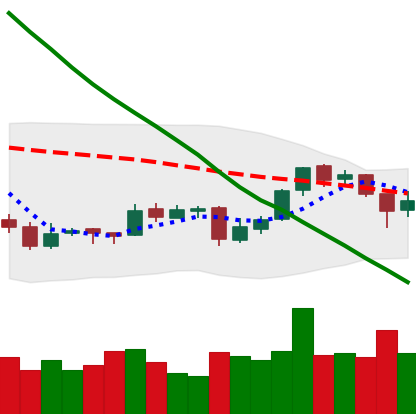
Ticker: EOS-USD
Chart end date: 2018-09-26
Forward return: 3.269%
Label: up_3_5